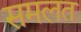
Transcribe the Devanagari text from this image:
समलत